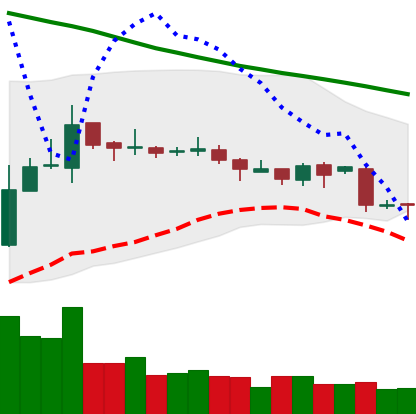
Ticker: TRX-USD
Chart end date: 2018-10-31
Forward return: 6.998%
Label: up_5_7